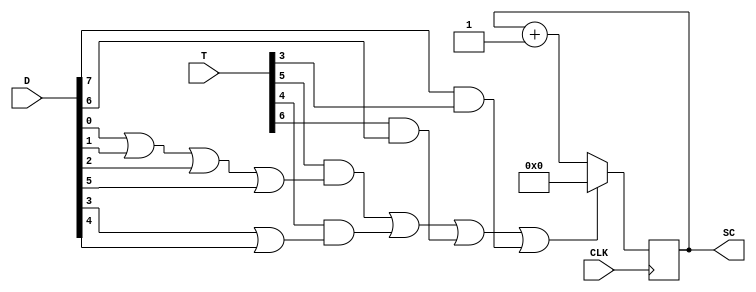
`timescale 1ns / 1ps
//////////////////////////////////////////////////////////////////////////////////
// Company: 
// Engineer: 
// 
// Design Name: 
// Module Name: Seqence_counter
// Project Name: 
// Target Devices: 
// Tool Versions: 
// Description: 
// 
// Dependencies: 
// 
// Revision:
// Revision 0.01 - File Created
// Additional Comments:
// 
//////////////////////////////////////////////////////////////////////////////////


module Seqence_counter(
    input CLK,
    input  [7:0]D ,
    input  [7:0] T,
    output reg [3:0]SC);
    
    wire CLR;
    wire INR;
   ///operation_selecction q6(.D(D),.SC(SC),.T(T))    ;
   ///Timer ww8(.SC(SC),.T(T));
   // Timer q7 (.T(T));
    
    assign CLR= (T[5] &&(D[0]||D[1]||D[2]||D[5])) || (T[4] && (D[3]||D[4])) || (T[6]&&D[6]) || (D[7]&&T[3]) ; 
    assign INR = ~CLR;  
    initial SC <=0;
    always @(posedge CLK) begin

    if(CLR) begin
		   SC <= 0;
	end	
	if(INR)begin
		   SC<= SC + 1;
	end
	
	end        
endmodule